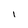
Character: I